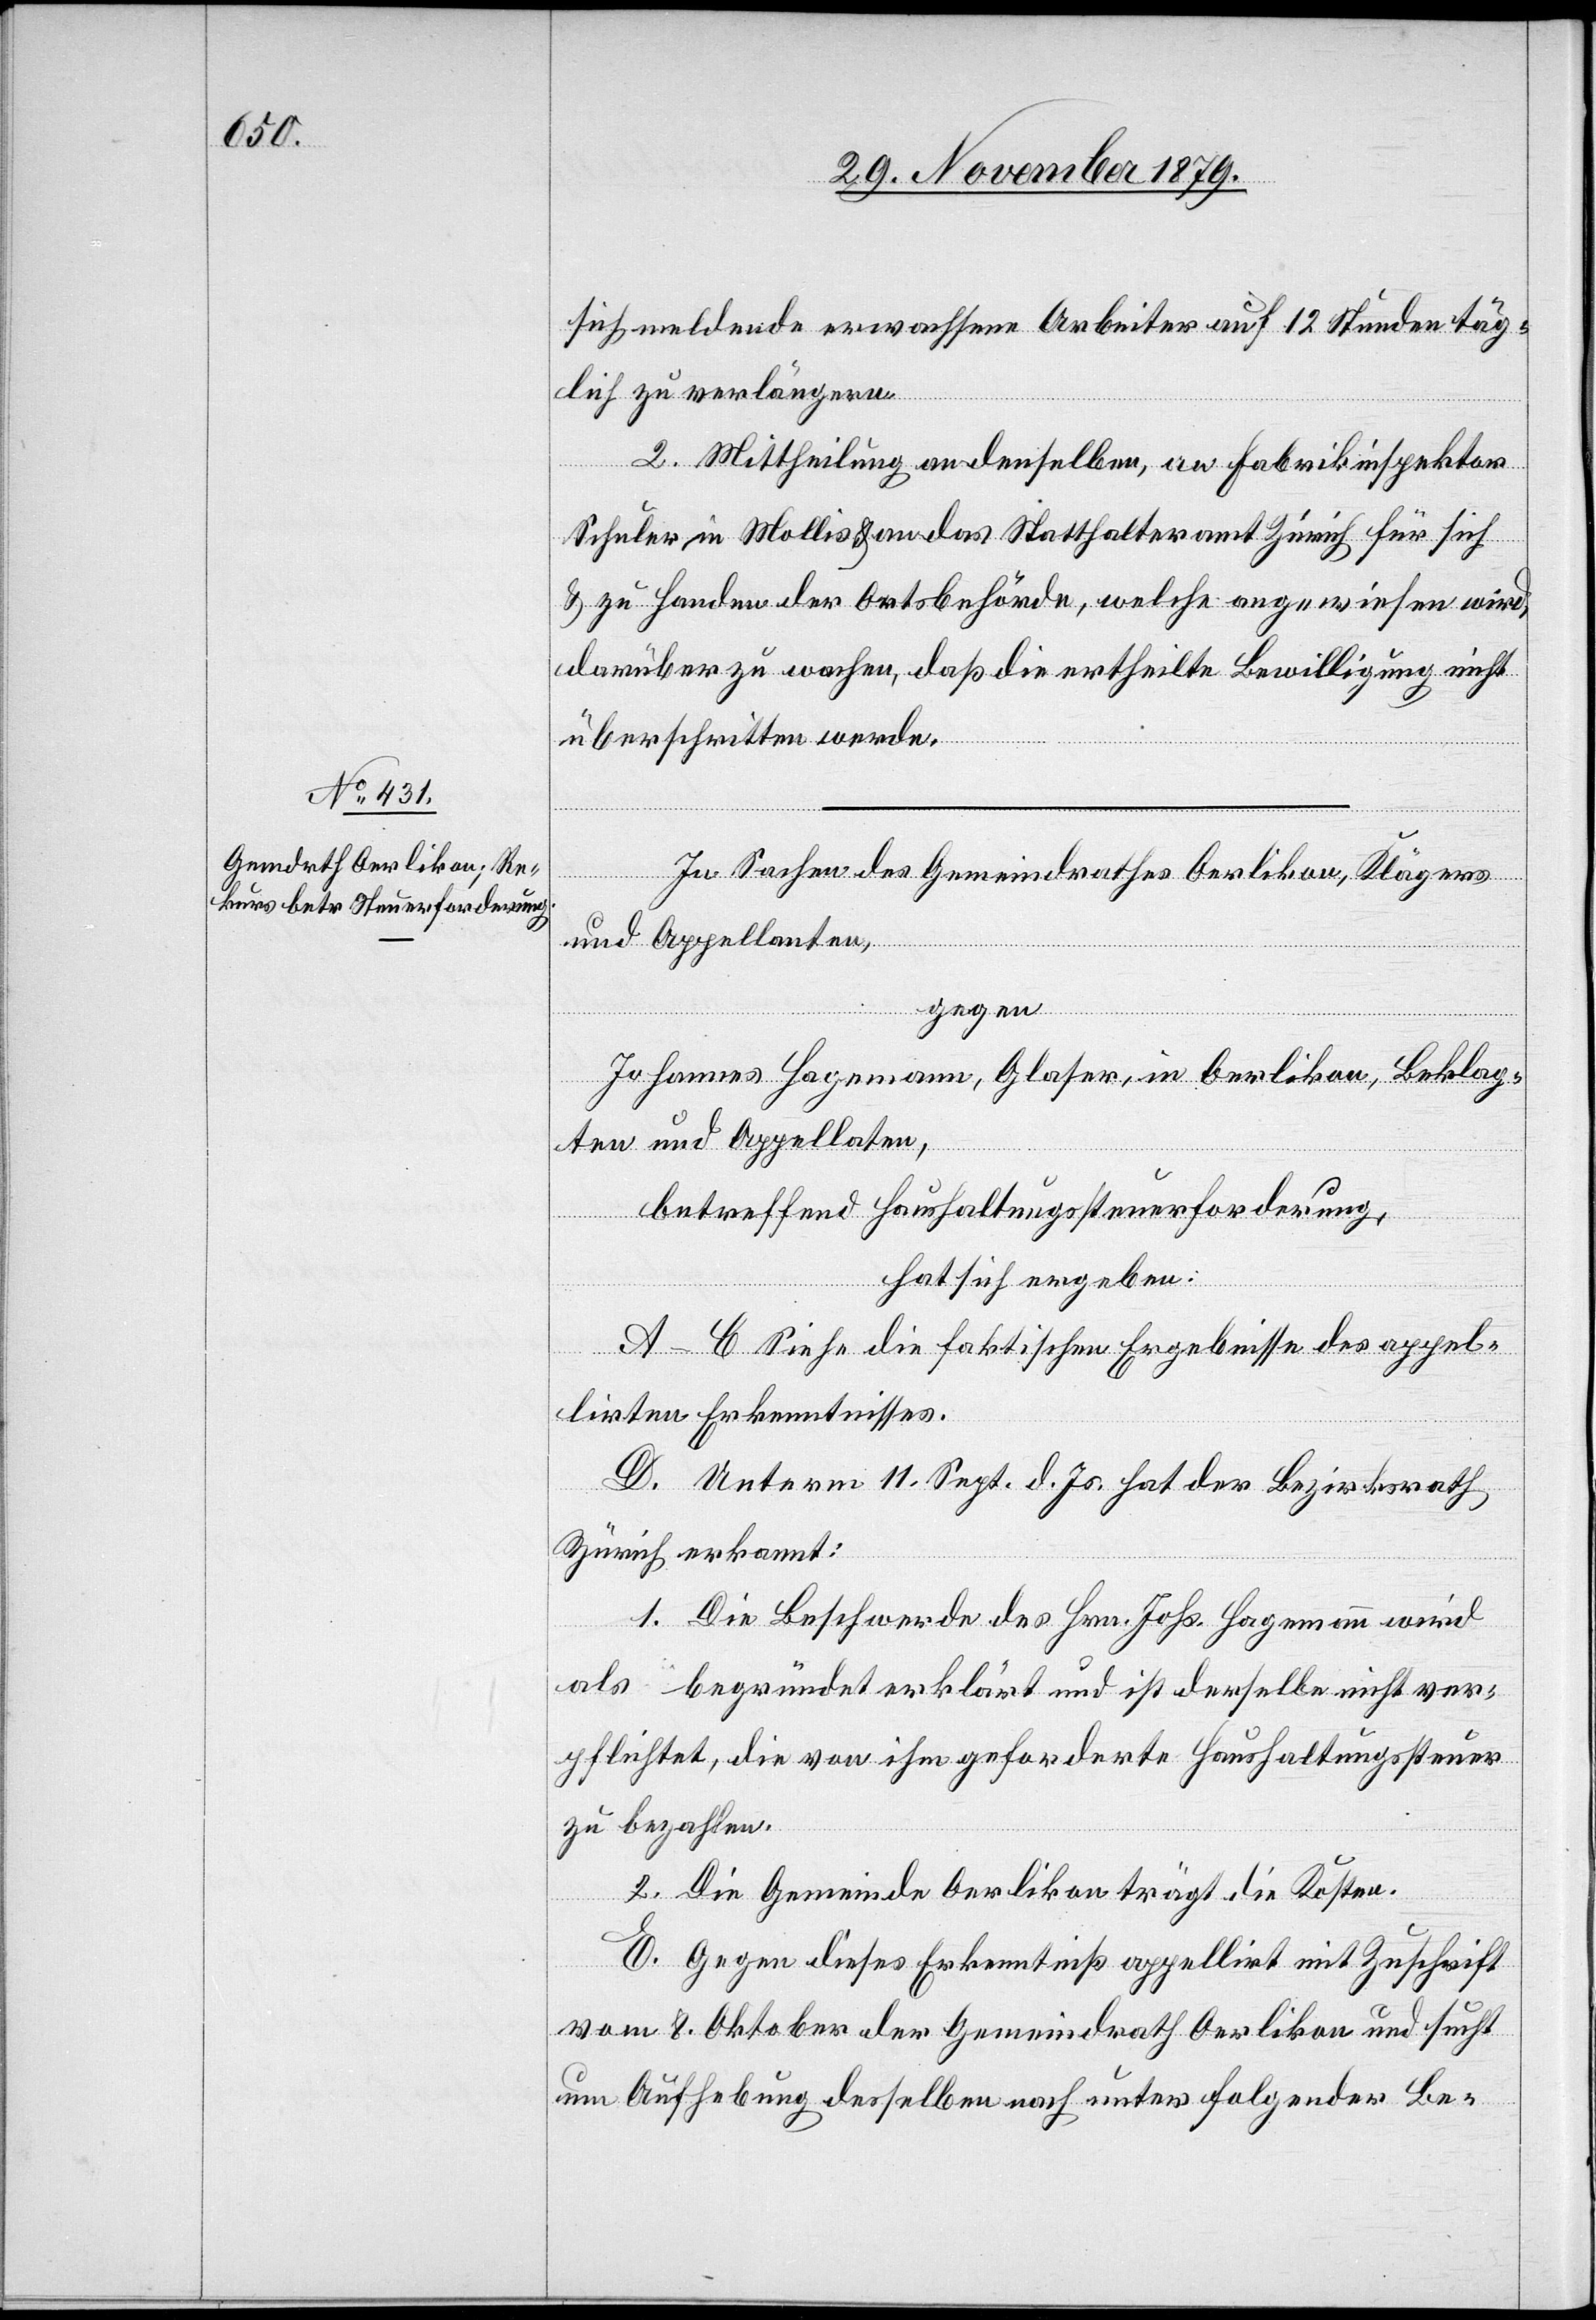
sich meldende erwachsene Arbeiter auf 12 Stunden täg¬
lich zu verlängern.
2. Mittheilung an denselben, an Fabrikinspektor
Schuler in Mollis & an das Statthalteramt Zürich für sich
& zu Handen der Ortsbehörde, welche angewiesen wird,
darüber zu wachen, daß die ertheilte Bewilligung nicht
überschritten werde.
In Sachen des Gemeindrathes Oerlikon, Klägers
und Appellanten,
gegen
Johannes Hagemann, Glaser, in Oerlikon, Beklag¬
ten und Appellanten,
betreffend Haushaltungssteuerforderung,
hat sich ergeben:
A–C Siehe die faktischen Ergebnisse des appel¬
lirten Erkenntnisses.
D. Unterm 11. Sept. d. Js. hat der Bezirksrath
Zürich erkannt:
1. Die Beschwerde des Hrn. Johs. Hagemann wird
als begründet erklärt und ist derselbe nicht ver¬
pflichtet, die von ihm geforderte Haushaltungssteuer
zu bezahlen.
2. Die Gemeinde Oerlikon trägt die Kosten.
E. Gegen dieses Erkenntniß appellirt mit Zuschrift
vom 8. Oktober der Gemeindrath Oerlikon und sucht
um Aufhebung derselben nach unter folgender Be-